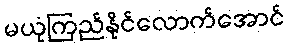
မယုံကြည်နိုင်လောက်အောင်